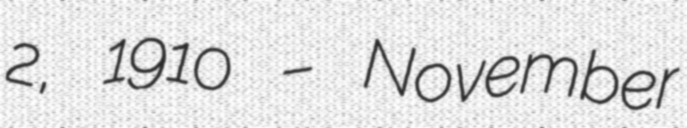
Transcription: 2, 1910 – November